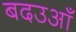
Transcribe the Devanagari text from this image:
बदउआँ